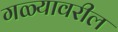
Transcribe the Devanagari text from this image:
गळ्यावरील